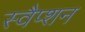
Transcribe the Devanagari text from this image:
स्वैप्शन